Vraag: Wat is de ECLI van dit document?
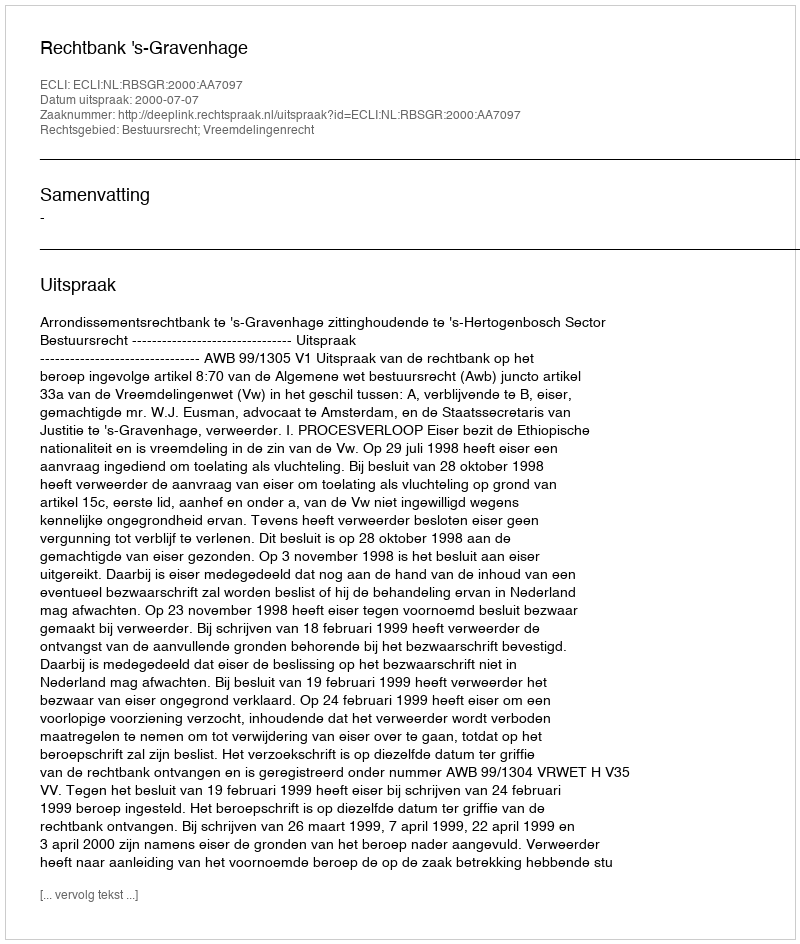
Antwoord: ECLI:NL:RBSGR:2000:AA7097